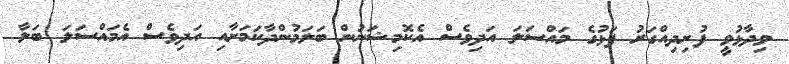
ވިދާޅުވީ ފުށިދިއްގަރު ފަޅުގެ މައްސަލަ އަދިވެސް އެކޮމިޝަނުން ބަލަމުންދާކަމަށާއި އަދިވެސް އެމައްސަލަ ބަލާ